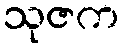
သုဇက